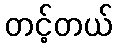
တင့်တယ်